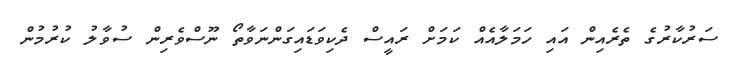
ސަރުކާރުގެ ތެރެއިން އައި ހަމަލާއެއް ކަމަށް ރައީސް ދެކިވަޑައިގަންނަވާތޯ ނޫސްވެރިން ސުވާލު ކުރުމުން